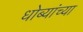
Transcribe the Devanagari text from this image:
धोब्यांच्या